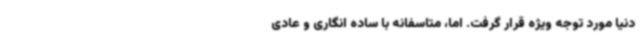
دنیا مورد توجه ویژه قرار گرفت. اما، متاسفانه با ساده انگاری و عادی